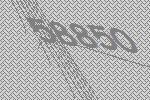
58850